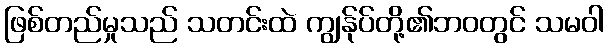
ဖြစ်တည်မှုသည် သတင်းထဲ ကျွန်ုပ်တို့၏ဘဝတွင် သမဝါ